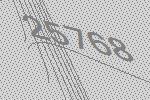
25768